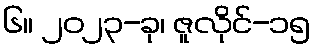
၆။ ၂၀၂၃-ခု၊ ဇူလိုင်-၁၅